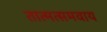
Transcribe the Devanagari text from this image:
तात्मत्समवाय